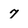
Character: 7